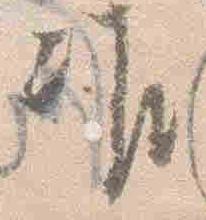
准